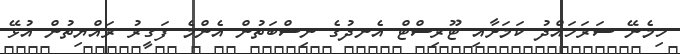
ހިމެނޭ ސަރަހައްދު ކަމަށާއި ޓޫރިސްޓް އެނދުގެ ނިސްބަތުން އެންމެ ފަގީރު ރައްޔިތުން އުޅޭ